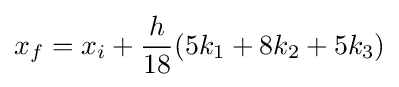
x_{f}=x_{i}+{\frac {h}{18}}(5k_{1}+8k_{2}+5k_{3})